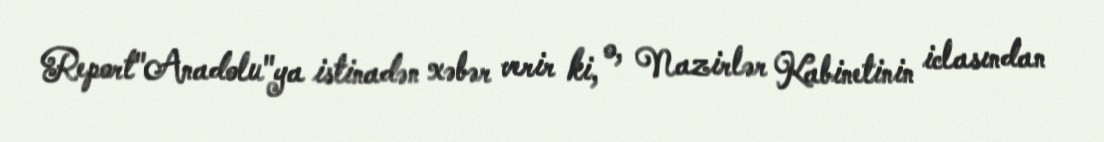
Report"Anadolu"ya istinadən xəbər verir ki, o, Nazirlər Kabinetinin iclasından